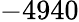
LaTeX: -4940